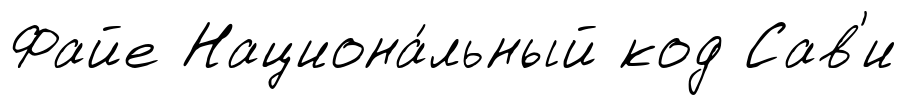
Файе Национа́льный код Сав'и